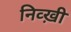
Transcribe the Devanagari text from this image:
निव्ख़ी